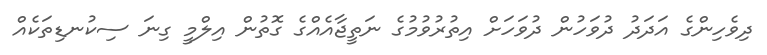
ދިވެހިންގެ އަދަދު ދުވަހުން ދުވަހަށް އިތުރުވުމުގެ ނަތީޖާއެއްގެ ގޮތުން އިލްމީ ގިނަ ސިކުނޑިތަކެއް